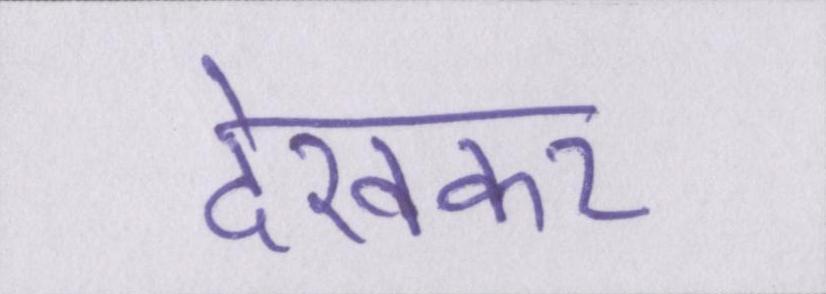
देखकर